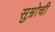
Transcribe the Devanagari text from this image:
सुम्रोची